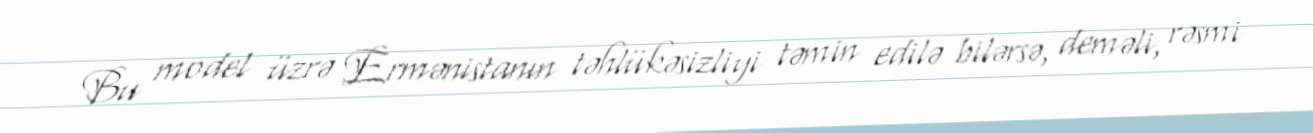
Bu model üzrə Ermənistanın təhlükəsizliyi təmin edilə bilərsə, deməli, rəsmi